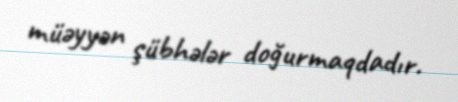
müəyyən şübhələr doğurmaqdadır.